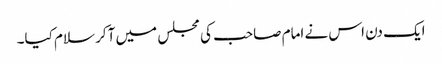
ایک دن اس نے امام صاحب کی مجلس میں آکر سلام کیا۔